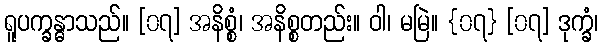
ရူပက္ခန္ဓာသည်။ [၀၇] အနိစ္စံ၊ အနိစ္စတည်း။ ဝါ၊ မမြဲ။ {၀၇} [၀၇] ဒုက္ခံ၊